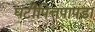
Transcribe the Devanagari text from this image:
घटीपित्तपापडा